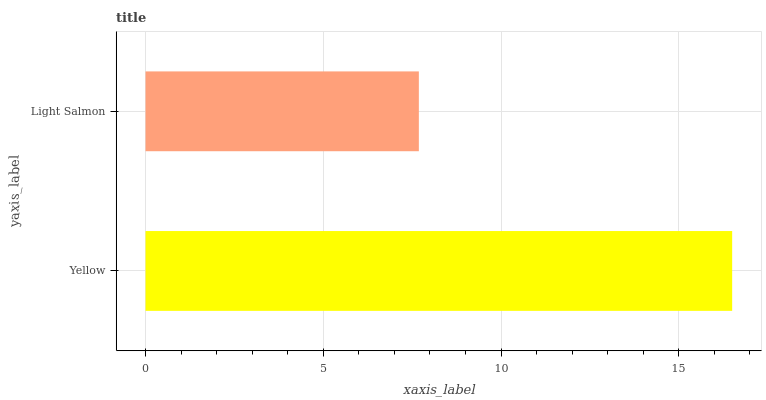
| yaxis_label | bars |
 | --- | --- |
 | Yellow | 16.5 |
 | Light Salmon | 7.69 |